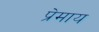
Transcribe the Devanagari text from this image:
प्रेमाय